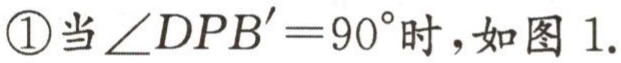
\textcircled{1}当\(\angle DPB' = 90^{\circ}\)时，如图 1.